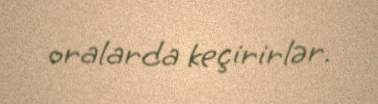
oralarda keçirirlər.